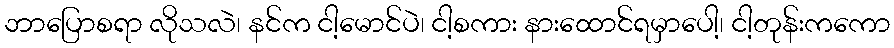
ဘာပြောစရာ လိုသလဲ၊ နင်က ငါ့မောင်ပဲ၊ ငါ့စကား နားထောင်ရမှာပေါ့၊ ငါ့တုန်းကကော